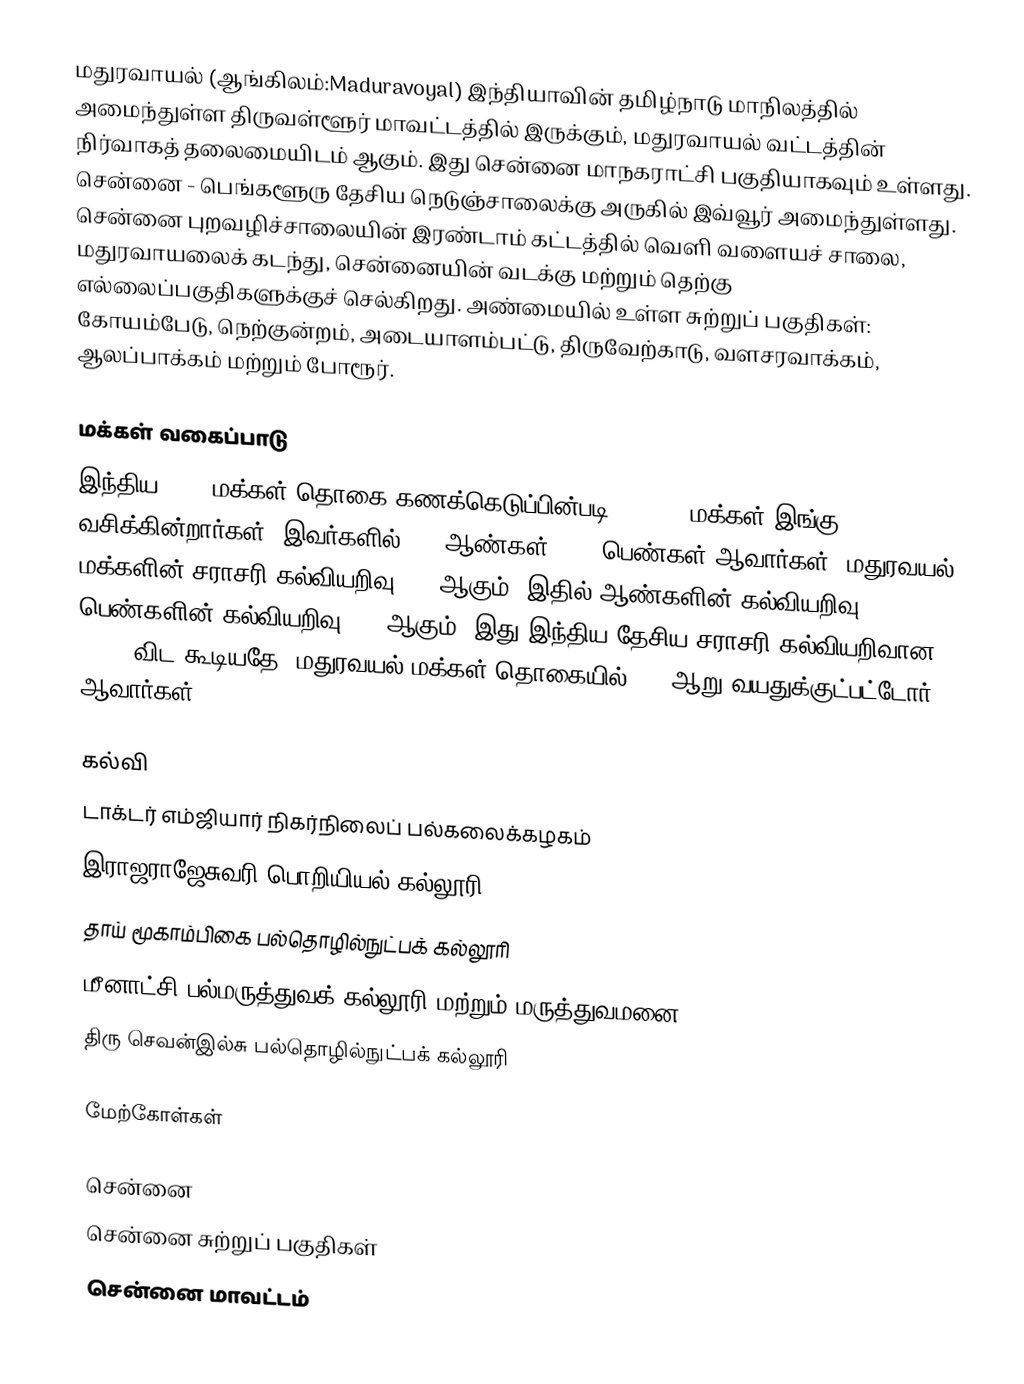
மதுரவாயல் (ஆங்கிலம்:Maduravoyal) இந்தியாவின் தமிழ்நாடு மாநிலத்தில் அமைந்துள்ள திருவள்ளூர் மாவட்டத்தில் இருக்கும், மதுரவாயல் வட்டத்தின் நிர்வாகத் தலைமையிடம் ஆகும். இது சென்னை மாநகராட்சி பகுதியாகவும் உள்ளது. சென்னை - பெங்களூரு தேசிய  நெடுஞ்சாலைக்கு அருகில் இவ்வூர் அமைந்துள்ளது. சென்னை புறவழிச்சாலையின் இரண்டாம் கட்டத்தில்  வெளி வளையச் சாலை, மதுரவாயலைக் கடந்து, சென்னையின் வடக்கு மற்றும் தெற்கு  எல்லைப்பகுதிகளுக்குச் செல்கிறது. அண்மையில் உள்ள சுற்றுப் பகுதிகள்: கோயம்பேடு, நெற்குன்றம், அடையாளம்பட்டு, திருவேற்காடு, வளசரவாக்கம், ஆலப்பாக்கம் மற்றும் போரூர்.

மக்கள் வகைப்பாடு
இந்திய 2001 மக்கள் தொகை கணக்கெடுப்பின்படி, 44,127 மக்கள் இங்கு வசிக்கின்றார்கள். இவர்களில் 52% ஆண்கள், 48% பெண்கள் ஆவார்கள். மதுரவயல் மக்களின் சராசரி கல்வியறிவு 73% ஆகும்.  இதில் ஆண்களின் கல்வியறிவு 78%;  பெண்களின் கல்வியறிவு 67% ஆகும். இது இந்திய தேசிய சராசரி கல்வியறிவான 59.5% விட கூடியதே. மதுரவயல் மக்கள் தொகையில் 12%  ஆறு வயதுக்குட்பட்டோர் ஆவார்கள்.

கல்வி
 டாக்டர் எம்ஜியார்  நிகர்நிலைப் பல்கலைக்கழகம்
 இராஜராஜேசுவரி பொறியியல் கல்லூரி
 தாய் மூகாம்பிகை பல்தொழில்நுட்பக் கல்லூரி
 மீனாட்சி பல்மருத்துவக் கல்லூரி மற்றும் மருத்துவமனை
 திரு செவன்இல்சு பல்தொழில்நுட்பக் கல்லூரி

மேற்கோள்கள்

சென்னை
சென்னை சுற்றுப் பகுதிகள்
சென்னை மாவட்டம்